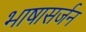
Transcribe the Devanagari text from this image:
भाषासर्जन